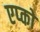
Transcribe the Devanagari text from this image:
एप्को